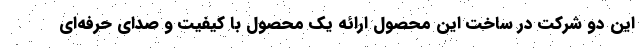
این دو شرکت در ساخت این محصول ارائه یک محصول با کیفیت و صدای حرفه‌ای